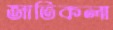
জাতিকলা